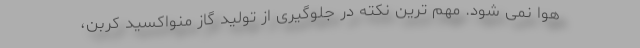
هوا نمی شود. مهم ترین نکته در جلوگیری از تولید گاز منواکسید کربن،